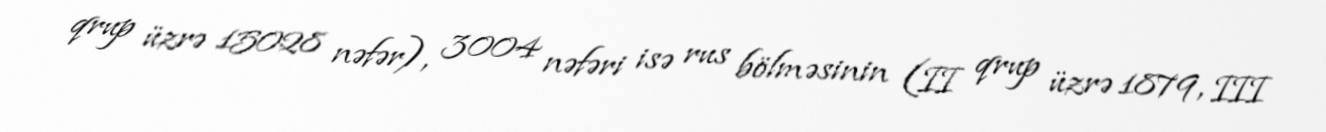
qrup üzrə 15028 nəfər), 3004 nəfəri isə rus bölməsinin (II qrup üzrə 1879, III